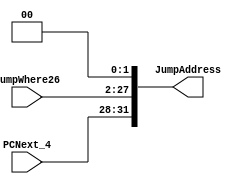
`timescale 1ns / 1ps
//////////////////////////////////////////////////////////////////////////////////
// Company: 
// Engineer: 
// 
// Design Name: 
// Module Name: Jump_Address
// Project Name: 
// Target Devices: 
// Tool Versions: 
// Description: 
// 
// Dependencies: 
// 
// Revision:
// Revision 0.01 - File Created
// Additional Comments:
// 
//////////////////////////////////////////////////////////////////////////////////


module Jump_Address(input [25:0]JumpWhere26,
                    input [3:0] PCNext_4,
                    output [31:0] JumpAddress );
  assign JumpAddress={PCNext_4[3:0],JumpWhere26[25:0],2'b0};
                    
endmodule